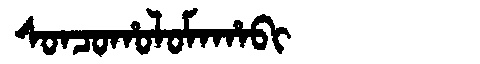
Manchu: ᠰᠣᠨᠴᠣᡥᠣᠯᠣᠮᠠᡥᠠᠪᡳ
Romanization: SONCOHOLOMAHABI